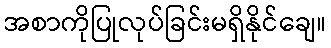
အစာကိုပြုလုပ်ခြင်းမရှိနိုင်ချေ။